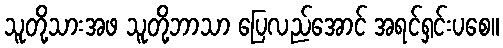
သူတို့သားအဖ သူတို့ဘာသာ ပြေလည်အောင် အရင်ရှင်းပစေ။